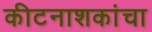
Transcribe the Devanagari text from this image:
कीटनाशकांचा